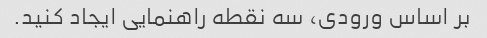
بر اساس ورودی، سه نقطه راهنمایی ایجاد کنید.